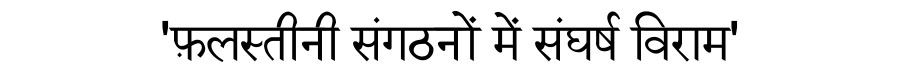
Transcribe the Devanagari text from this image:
'फ़लस्तीनी संगठनों में संघर्ष विराम'